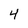
Character: 4